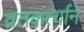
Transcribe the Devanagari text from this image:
व्रतकर्त्याने